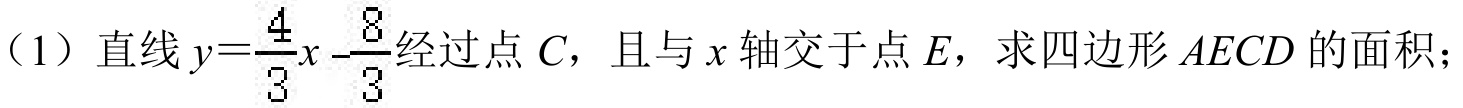
（1）直线\(y = \frac{4}{3}x-\frac{8}{3}\)经过点\(C\)，且与\(x\)轴交于点\(E\)，求四边形\(AECD\)的面积；